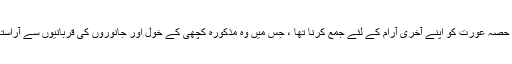
چوتھا حصہ عورت کو اپنے آخری آرام کے لئے جمع کرنا تھا ، جس میں وہ مذکورہ کچھی کے خول اور جانوروں کی قربانیوں سے آراستہ تھی۔